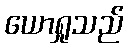
ယောရှုသည်